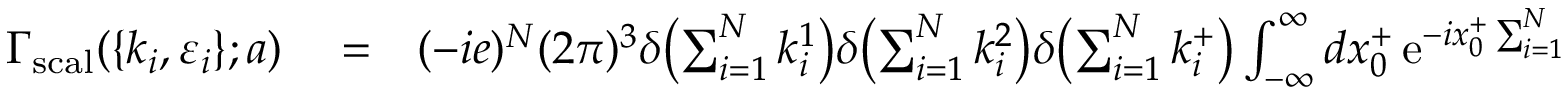
\begin{array} { r l r } { \Gamma _ { \mathrm { s c a l } } ( \lbrace { k _ { i } , \varepsilon _ { i } \rbrace } ; a ) } & { { } = } & { ( - i e ) ^ { N } ( 2 \pi ) ^ { 3 } \delta \bigl ( \sum _ { i = 1 } ^ { N } k _ { i } ^ { 1 } \bigr ) \delta \bigl ( \sum _ { i = 1 } ^ { N } k _ { i } ^ { 2 } \bigr ) \delta \bigl ( \sum _ { i = 1 } ^ { N } k _ { i } ^ { + } \bigr ) \int _ { - \infty } ^ { \infty } d x _ { 0 } ^ { + } \, \mathrm { e } ^ { - i x _ { 0 } ^ { + } \sum _ { i = 1 } ^ { N } k _ { i } ^ { - } } } \end{array}